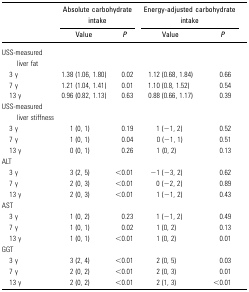
<table><thead><tr><td></td><td colspan="2"><b>Absolute carbohydrate intake</b></td><td colspan="2"><b>Energy-adjusted carbohydrate intake</b></td></tr><tr><td></td><td><b>Value</b></td><td><b><i>P</i></b></td><td><b>Value</b></td><td><b><i>P</i></b></td></tr></thead><tbody><tr><td>USS-measured liver fat</td><td></td><td></td><td></td><td></td></tr><tr><td> 3 y</td><td>1.38 (1.06, 1.80)</td><td>0.02</td><td>1.12 (0.68, 1.84)</td><td>0.66</td></tr><tr><td> 7 y</td><td>1.21 (1.04, 1.41)</td><td>0.01</td><td>1.10 (0.8, 1.52)</td><td>0.54</td></tr><tr><td> 13 y</td><td>0.96 (0.82, 1.13)</td><td>0.63</td><td>0.88 (0.66, 1.17)</td><td>0.39</td></tr><tr><td>USS-measured liver stiffness</td><td></td><td></td><td></td><td></td></tr><tr><td> 3 y</td><td>1 (0, 1)</td><td>0.19</td><td>1 (−1, 2)</td><td>0.52</td></tr><tr><td> 7 y</td><td>1 (0, 1)</td><td>0.04</td><td>0 (−1, 1)</td><td>0.51</td></tr><tr><td> 13 y</td><td>0 (0, 1)</td><td>0.26</td><td>1 (0, 2)</td><td>0.13</td></tr><tr><td>ALT</td><td></td><td></td><td></td><td></td></tr><tr><td> 3 y</td><td>3 (2, 5)</td><td>&lt;0.01</td><td>−1 (−3, 2)</td><td>0.62</td></tr><tr><td> 7 y</td><td>2 (0, 3)</td><td>&lt;0.01</td><td>0 (−2, 2)</td><td>0.89</td></tr><tr><td> 13 y</td><td>2 (0, 3)</td><td>&lt;0.01</td><td>1 (−1, 2)</td><td>0.43</td></tr><tr><td>AST</td><td></td><td></td><td></td><td></td></tr><tr><td> 3 y</td><td>1 (0, 2)</td><td>0.23</td><td>1 (−1, 2)</td><td>0.49</td></tr><tr><td> 7 y</td><td>1 (0, 1)</td><td>0.02</td><td>1 (0, 2)</td><td>0.13</td></tr><tr><td> 13 y</td><td>1 (0, 1)</td><td>&lt;0.01</td><td>1 (0, 2)</td><td>0.01</td></tr><tr><td>GGT</td><td></td><td></td><td></td><td></td></tr><tr><td> 3 y</td><td>3 (2, 4)</td><td>&lt;0.01</td><td>2 (0, 5)</td><td>0.03</td></tr><tr><td> 7 y</td><td>2 (0, 2)</td><td>&lt;0.01</td><td>2 (0, 3)</td><td>0.01</td></tr><tr><td> 13 y</td><td>2 (0, 2)</td><td>&lt;0.01</td><td>2 (1, 3)</td><td>&lt;0.01</td></tr></tbody></table>